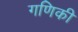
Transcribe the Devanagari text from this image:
गणिकी